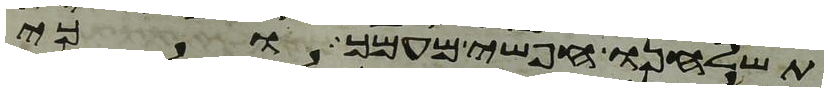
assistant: תשלחנו חפשי מעמך וכי